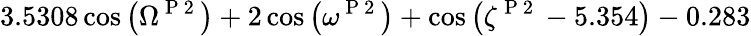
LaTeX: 3.5308\cos{\left(\Omega^{\mathrm{~P~2~}}\right)}+2\cos{\left(\omega^{\mathrm{~P~2~}}\right)}+\cos{\left(\zeta^{\mathrm{~P~2~}}-5.354\right)}-0.283